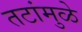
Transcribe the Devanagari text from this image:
तटांमुळे